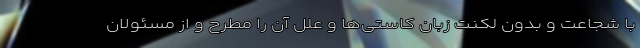
با شجاعت و بدون لکنت زبان کاستی‌ها و علل آن را مطرح و از مسئولان